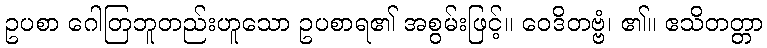
ဥပစာ ဂေါတြဘူတည်းဟူသော ဥပစာရ၏ အစွမ်းဖြင့်။ ဝေဒိတဗ္ဗံ၊ ၏။ ဧသိတတ္တာ